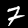
Label: 7